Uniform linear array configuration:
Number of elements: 48
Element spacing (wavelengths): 1
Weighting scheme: kaiser
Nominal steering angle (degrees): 0
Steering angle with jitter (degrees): -0.1397
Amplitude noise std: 0.05
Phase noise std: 0.05

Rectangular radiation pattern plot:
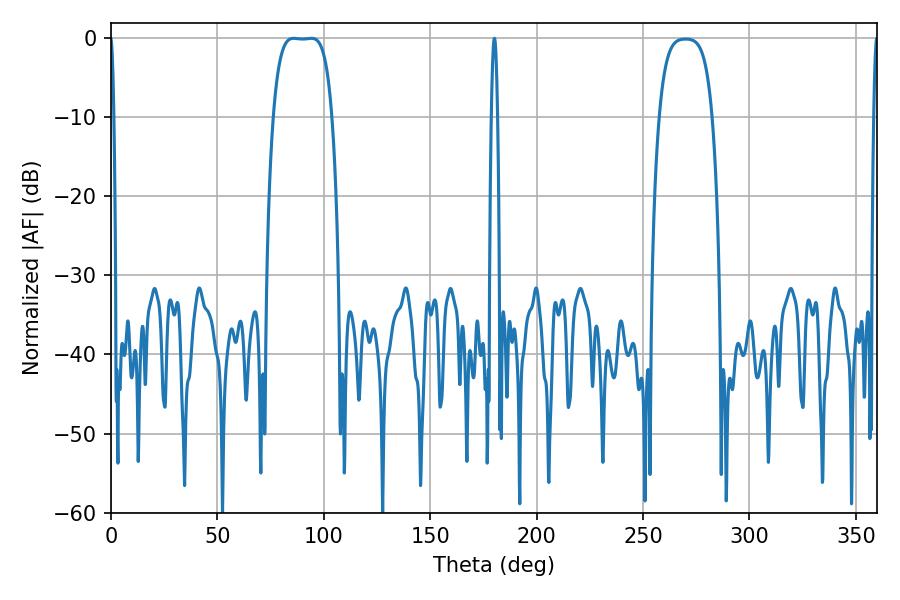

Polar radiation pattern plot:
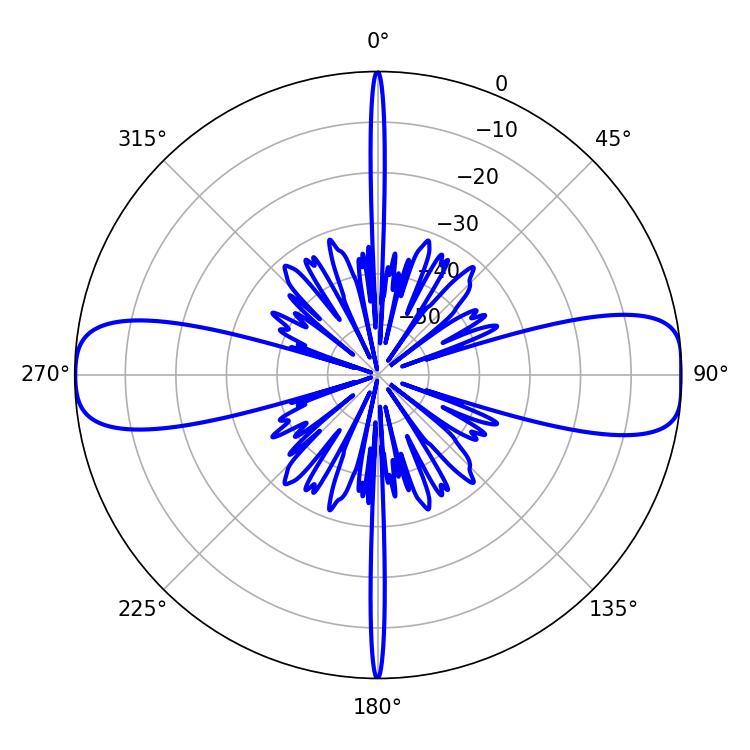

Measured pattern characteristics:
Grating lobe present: TRUE
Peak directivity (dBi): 14.709
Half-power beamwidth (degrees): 21.24
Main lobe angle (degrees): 85.86